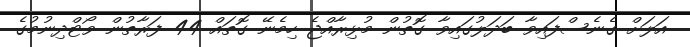
އަލަށް ގެނެސްފައިވާ ބަދަލުގައިވާ ގޮތުން މުޅިރާއްޖެ ހިމެނޭ ގޮތައް 44 ފަރާތުން ވޯޓްދިނުމުގެ